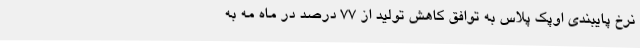
نرخ پایبندی اوپک پلاس به توافق کاهش تولید از 77 درصد در ماه مه به